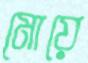
মোয়ে